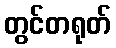
တွင်တရုတ်